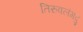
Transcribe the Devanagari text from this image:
तिरुवलंगदु